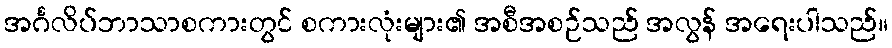
အင်္ဂလိပ်ဘာသာစကားတွင် စကားလုံးများ၏ အစီအစဉ်သည် အလွန် အရေးပါသည်။